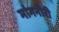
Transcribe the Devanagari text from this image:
मांगनोरी